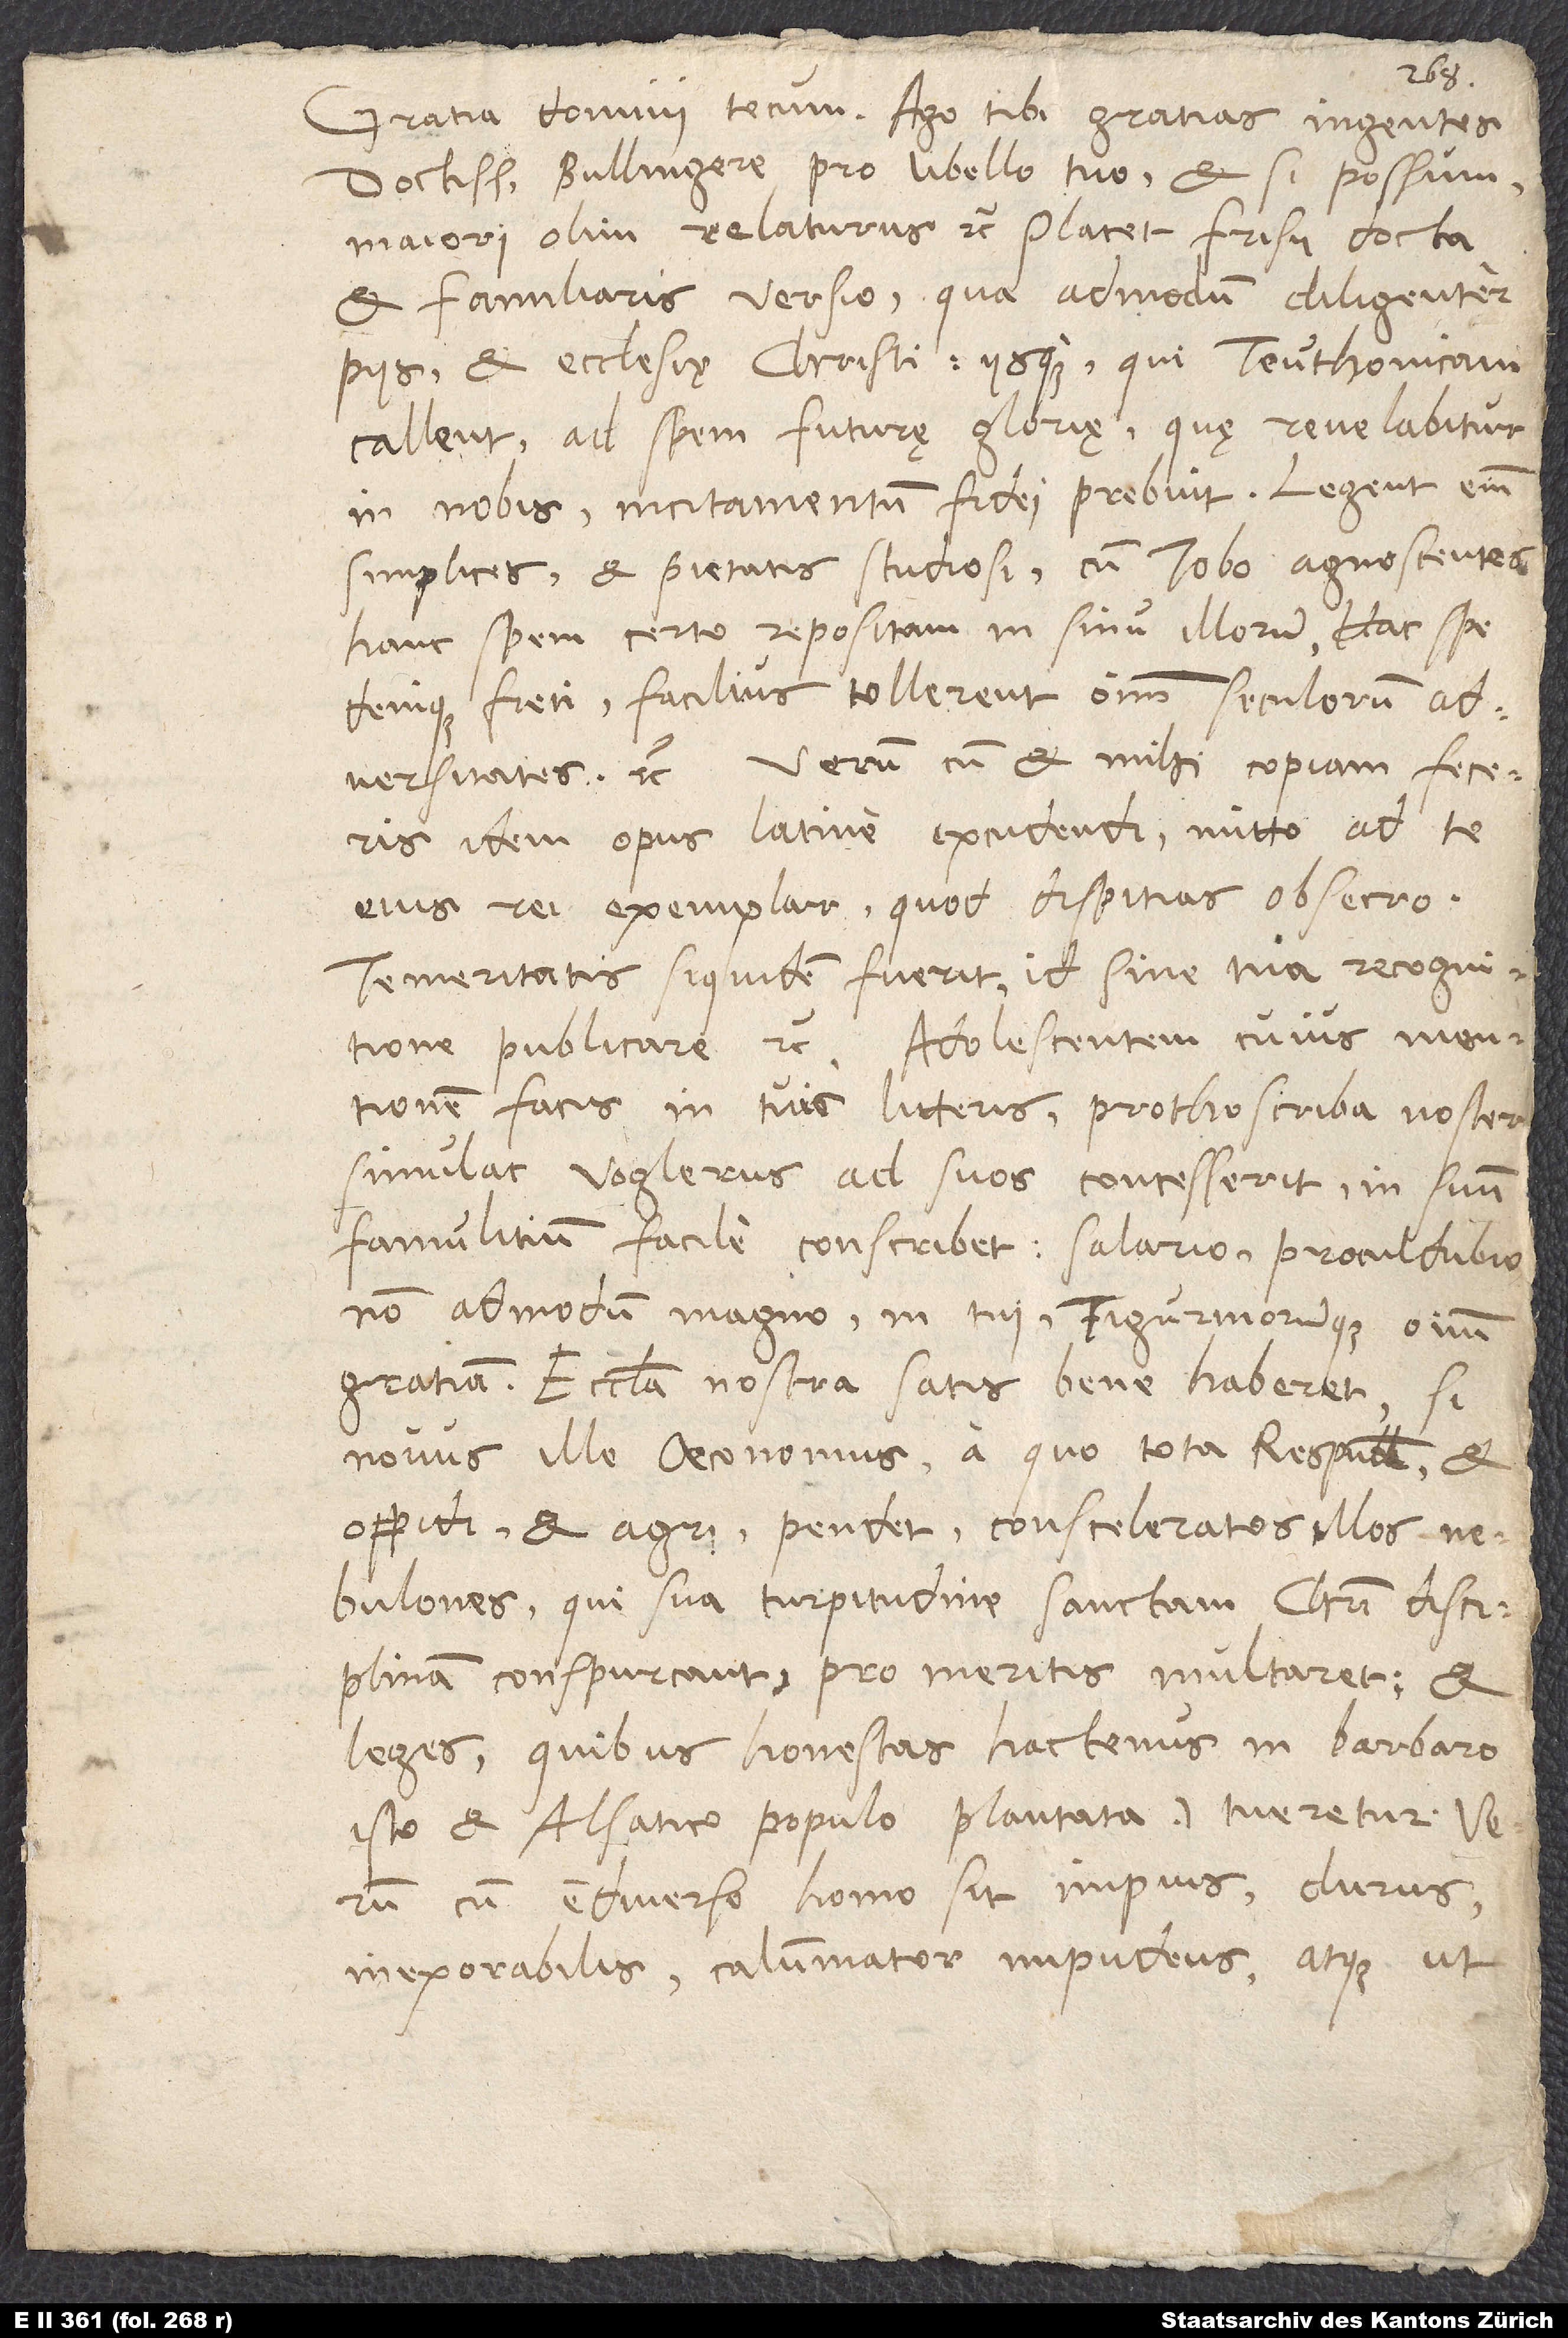
Gratia domini tecum. Ago tibi gratias ingentes,
doctissime Bullingere, pro libello tuo, et si possum,
maiori olim relaturus etc. Placet Frisii docta
et familiaris versio, qua admodum diligenter
piis et ecclesię Christi iisque, qui Teuthonicam
callent, ad spem futurę glorię, quę revelabitur
in nobis, incitamentum fidei prebuit. Legent enim
simplices et pietatis studiosi cum Iobo agnoscentes
hanc spem certo repositam in sinu illorum; hac spe
denique freti facilius tollerent omnium seculorum
adversitates etc. Verum cum et mihi copiam feceris
idem opus Latine excudendi, mitto ad te
eius rei exemplar, quod dispitias, obsecro.
Temeritatis siquidem fuerit id sine tua recognitione
publicare etc. Adolescentem, cuius mentionem
facis in tuis litteris, prothoscriba noster,
simulac Voglerus ad suos concesserit, in suum
famulitium facile conscribet salario procul dubio
non admodum magno in tui Tigurinorumque omnium
gratiam. Ecclesia nostra satis bene haberet, si
novus ille oeconomus, a quo tota respublica et
oppidi et agri pendet, consceleratos illos
nebulones, qui sua turpitudine sanctam Christi disciplinam
conspurcant, pro meritis multaret, et
leges (quibus honestas hactenus in barbaro
isto et Alsatico populo plantata) tueretur. Verum
e diverso homo sit impius, durus,
inexorabilis, calumniator, impudens atque, ut